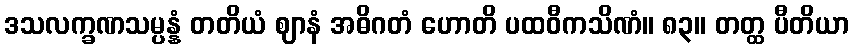
ဒသလက္ခဏသမ္ပန္နံ တတိယံ ဈာနံ အဓိဂတံ ဟောတိ ပထဝီကသိဏံ။ ၈၃။ တတ္ထ ပီတိယာ